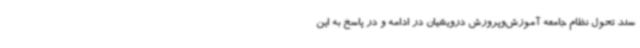
سند تحول نظام جامعه آموزش‌وپرورش درویشیان در ادامه و در پاسخ به این